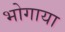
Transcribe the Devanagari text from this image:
भोगाया